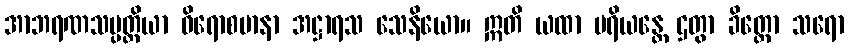
အာဘရဏသမ္ပတ္တိယာ ဝိရောစမာနာ အဋ္ဌာရသ သေနိယော။ ဣတိ ယထာ ပရိယန္တေ ဌတွာ ခိတ္တော သရော